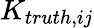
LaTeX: K_{truth,ij}